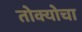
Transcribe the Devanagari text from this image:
तोक्योचा